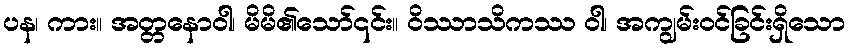
ပန၊ ကား။ အတ္တနောဝါ၊ မိမိ၏သော်၎င်း။ ဝိဿာသိကဿ ဝါ၊ အကျွမ်းဝင်ခြင်းရှိသော